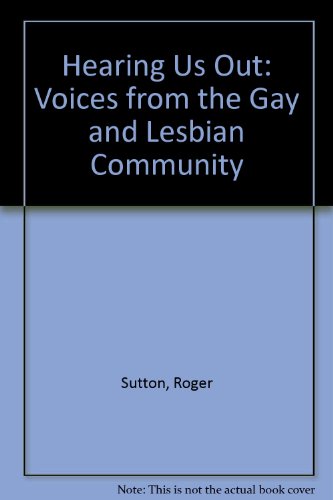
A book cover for Hearing Us Out: Voices from the Gay and Lesbian Community; Roger Sutton; Gay & Lesbian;